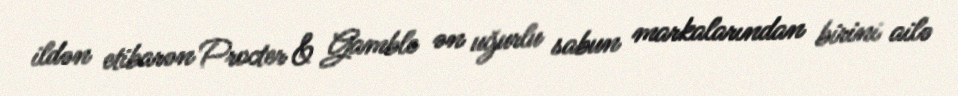
ildən etibarən Procter & Gamble ən uğurlu sabun markalarından birini ailə